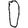
Digit: 0